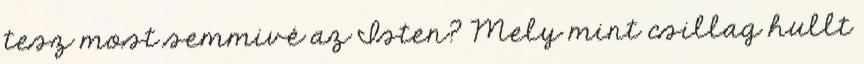
tesz most semmivé az Isten? Mely mint csillag hullt